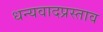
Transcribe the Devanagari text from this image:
धन्यवादप्रस्ताव